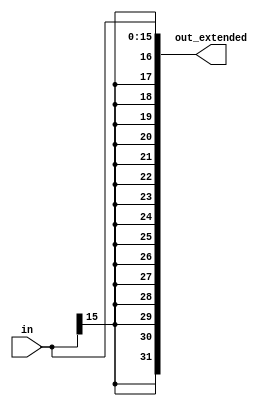
`timescale 1ns / 1ps
//////////////////////////////////////////////////////////////////////////////////
// Company: 
// Engineer: 
// 
// Design Name: 
// Module Name: sign_extend
// Project Name: 
// Target Devices: 
// Tool Versions: 
// Description: 
// 
// Dependencies: 
// 
// Revision:
// Revision 0.01 - File Created
// Additional Comments:
// 
//////////////////////////////////////////////////////////////////////////////////


module sign_extend(
input wire [15:0] in,
output wire [31:0] out_extended
    );
    
    //assign out_extended = (in[31]) ? {{16{in[31]}}, in[15,0]} : { {16{in[31]}}, in[15,0]}; 
    assign out_extended = { {16{in[15]}} , in };
endmodule